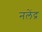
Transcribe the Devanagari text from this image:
नलेंद्र